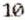
10